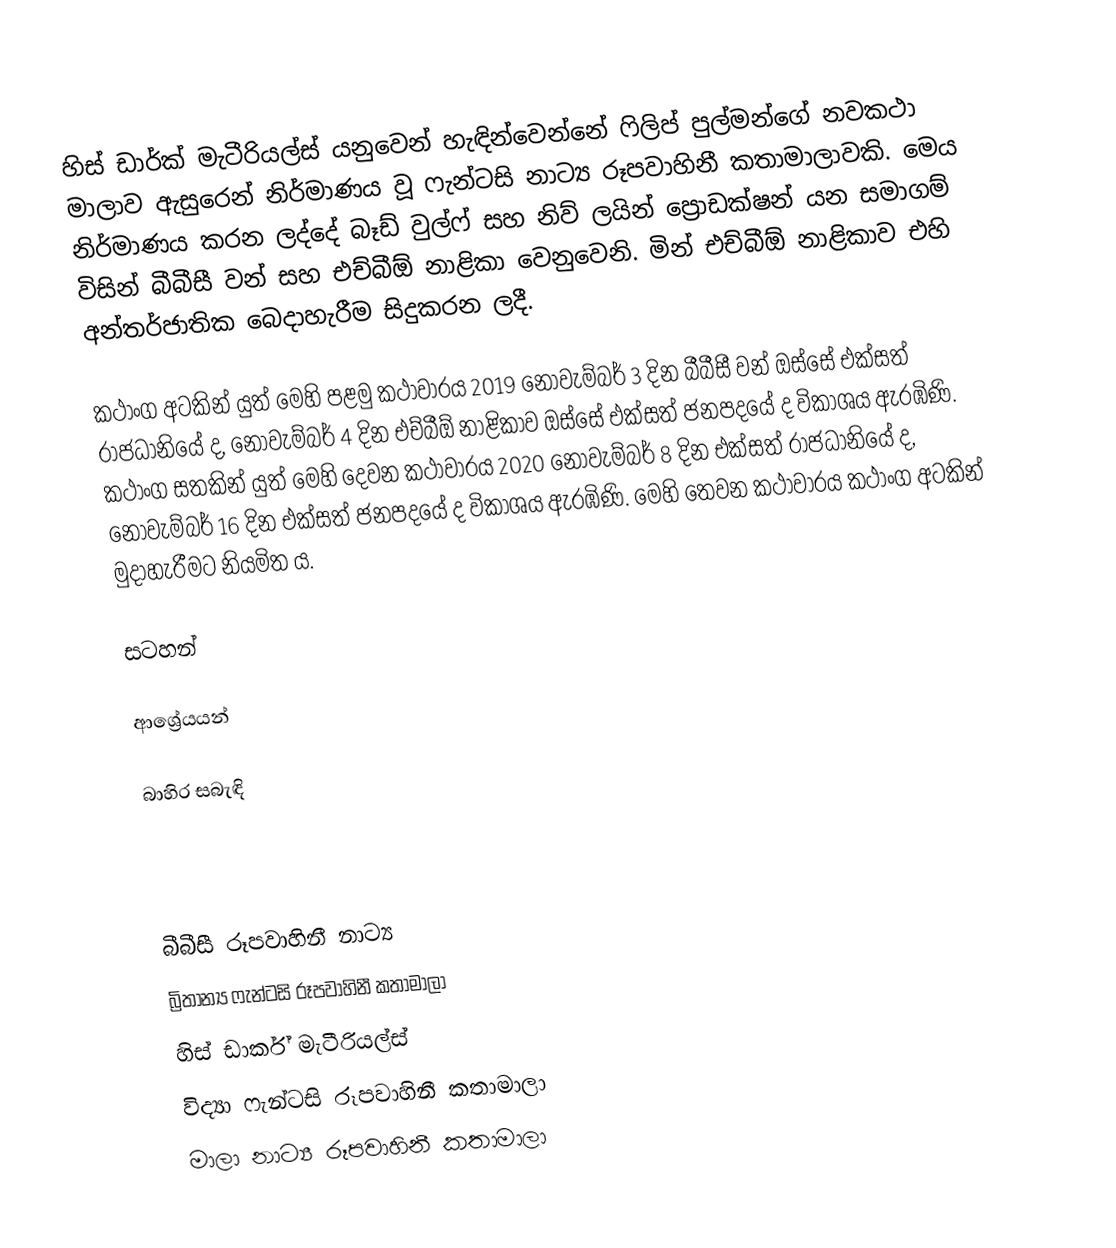
හිස් ඩාර්ක් මැටීරියල්ස් යනුවෙන් හැඳින්වෙන්නේ ෆිලිප් පුල්මන්ගේ නවකථා මාලාව ඇසුරෙන් නිර්මාණය වූ ෆැන්ටසි නාට්‍ය රූපවාහිනී කතාමාලාවකි. මෙය නිර්මාණය කරන ලද්දේ බෑඩ් වුල්ෆ් සහ නිව් ලයින් ප්‍රොඩක්ෂන් යන සමාගම් විසින් බීබීසී වන් සහ එච්බීඕ නාළිකා වෙනුවෙනි. මින් එච්බීඕ නාළිකාව එහි අන්තර්ජාතික බෙදාහැරීම සිදුකරන ලදී.

කථාංග අටකින් යුත් මෙහි පළමු කථාවාරය 2019 නොවැම්බර් 3 දින බීබීසී වන් ඔස්සේ එක්සත් රාජධානියේ ද, නොවැම්බර් 4 දින එච්බීඕ නාළිකාව ඔස්සේ එක්සත් ජනපදයේ ද විකාශය ඇරඹිණි. කථාංග සතකින් යුත් මෙහි දෙවන කථාවාරය 2020 නොවැම්බර් 8 දින එක්සත් රාජධානියේ ද, නොවැම්බර් 16 දින එක්සත් ජනපදයේ ද විකාශය ඇරඹිණි. මෙහි තෙවන කථාවාරය කථාංග අටකින් මුදාහැරීමට නියමිත ය.

සටහන්

ආශ්‍රේයයන්

බාහිර සබැඳි

බීබීසී රූපවාහිනී නාට්‍ය
බ්‍රිතාන්‍ය ෆැන්ටසි රූපවාහිනී කතාමාලා
හිස් ඩාර්ක් මැටීරියල්ස්
විද්‍යා ෆැන්ටසි රූපවාහිනී කතාමාලා
මාලා නාට්‍ය රූපවාහිනී කතාමාලා